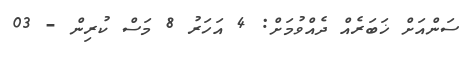
ސަންއަށް ޚަބަރެއް ދެއްވުމަށް: 4 އަހަރު 8 މަސް ކުރިން - 03